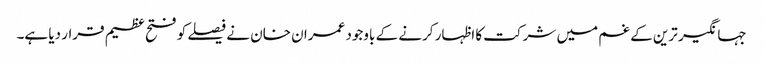
جہانگیر ترین کے غم میں شرکت کا اظہار کرنے کے باوجود عمران خان نے فیصلے کو فتح عظیم قرار دیا ہے۔